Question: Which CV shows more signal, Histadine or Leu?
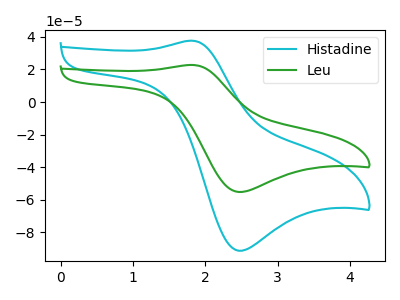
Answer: <think>The cyan curve "Histadine" has an anodic peak at (1.80V, 37.65uA) and a cathodic peak at (2.45V, -91.20uA). The green curve "Leu" has an anodic peak at (1.80V, 22.75uA) and a cathodic peak at (2.45V, -55.15uA).
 All the peaks in "Histadine" have a peak in "Leu" at the same potential. Every peak in "Histadine" is higher than every peak in "Leu".</think>
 <answer>"Histadine" has more signal than "Leu".</answer>
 <eval>more_signal</eval>